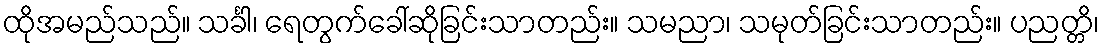
ထိုအမည်သည်။ သင်္ခါ၊ ရေတွက်ခေါ်ဆိုခြင်းသာတည်း။ သမညာ၊ သမုတ်ခြင်းသာတည်း။ ပညတ္တိ၊